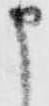
申